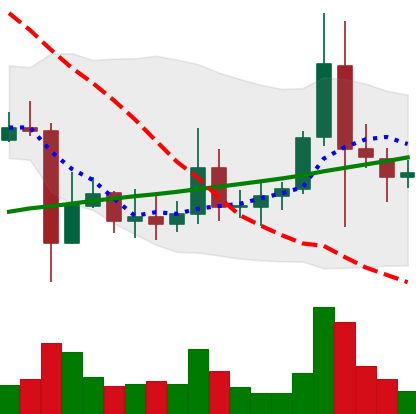
Ticker: ADA-USD
Chart end date: 2021-11-13
Forward return: -12.896%
Label: down_7plus